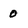
Character: 0